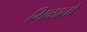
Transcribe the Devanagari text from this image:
मिळातो